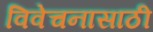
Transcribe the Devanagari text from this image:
विवेचनासाठी